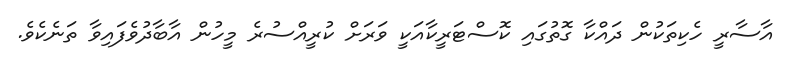
އާސާރީ ހެކިތަކުން ދައްކާ ގޮތުގައި ކޮސްޓަރީކާއަކީ ވަރަށް ކުރީއްސުރެ މީހުން އާބާދުވެފައިވާ ތަނެކެވެ.